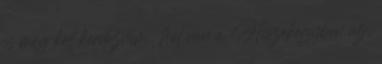
is meg kell kerdeznem: hol van a Hiszekegyben az,